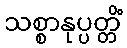
သစ္စာနုပ္ပတ္တိံ